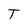
Character: T